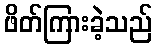
ဖိတ်ကြားခဲ့သည်